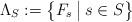
LaTeX: \begin{align*}\Lambda_{S}:=\left\{ F_{s}\:\big|\: s\in S\right\} \end{align*}